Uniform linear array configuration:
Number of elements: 4
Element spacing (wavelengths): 0.75
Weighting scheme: cosine
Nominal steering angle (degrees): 15
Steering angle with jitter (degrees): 13.591
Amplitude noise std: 0.05
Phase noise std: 0.05

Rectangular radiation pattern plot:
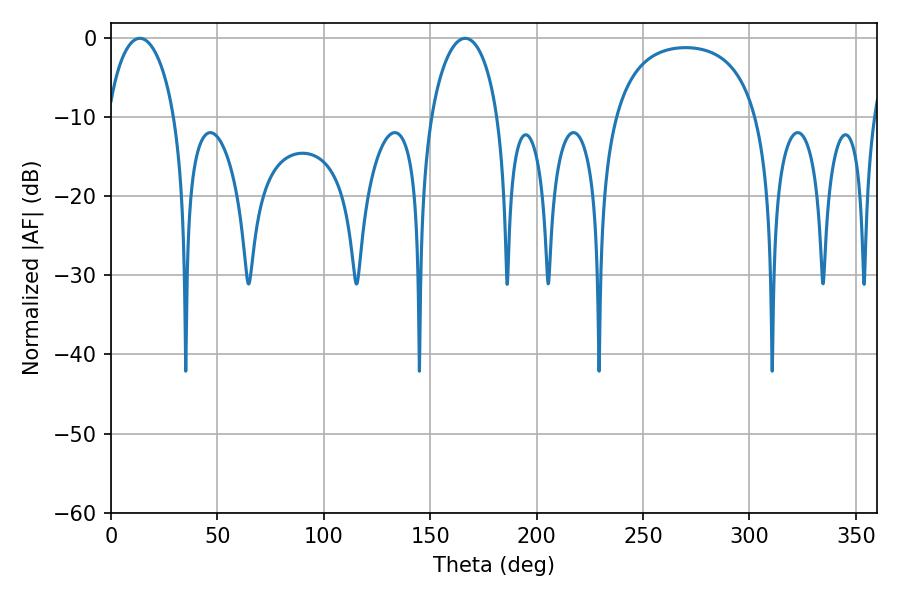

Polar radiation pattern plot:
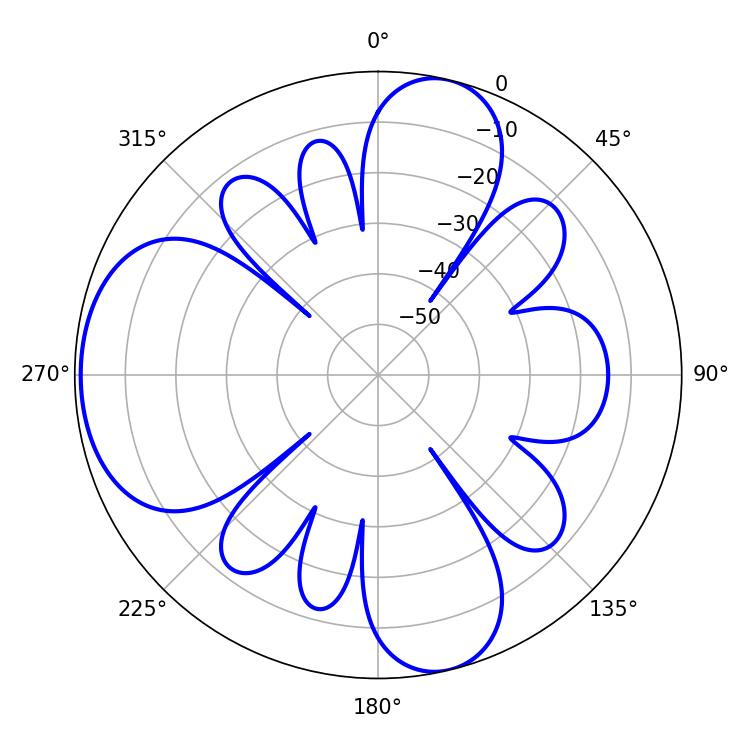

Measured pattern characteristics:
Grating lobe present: TRUE
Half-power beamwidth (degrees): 18.18
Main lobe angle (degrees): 166.5